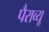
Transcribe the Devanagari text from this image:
पैराव्यू